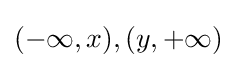
(-\infty ,x),(y,+\infty )